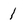
Character: 1